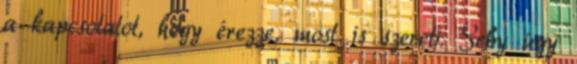
a kapcsolatot, hogy érezze, most is szereti. Seby úgy